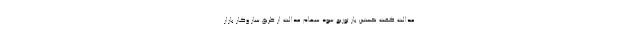
عدالت گفت نخستین بار توزیع سود سهام عدالت از طریق ساز وکار بازار